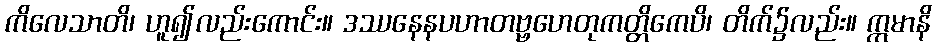
ကိလေသာတိ၊ ဟူ၍လည်းကောင်း။ ဒဿနေနပဟာတဗ္ဗဟေတုကတ္တိကေပိ၊ တိက်၌လည်း။ ဣမာနိ